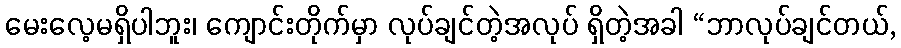
မေးလေ့မရှိပါဘူး၊ ကျောင်းတိုက်မှာ လုပ်ချင်တဲ့အလုပ် ရှိတဲ့အခါ “ဘာလုပ်ချင်တယ်,